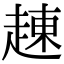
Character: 𧼓